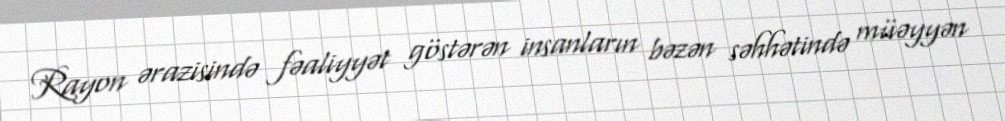
Rayon ərazisində fəaliyyət göstərən insanların bəzən səhhətində müəyyən